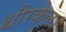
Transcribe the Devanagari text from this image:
थौरकेल।